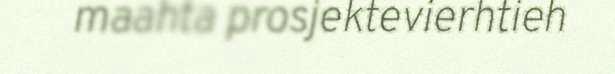
maahta prosjektevierhtieh